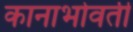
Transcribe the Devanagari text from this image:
कानाभोवती